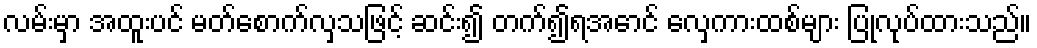
လမ်းမှာ အထူးပင် မတ်စောက်လှသဖြင့် ဆင်း၍ တက်၍ရအောင် လှေကားထစ်များ ပြုလုပ်ထားသည်။